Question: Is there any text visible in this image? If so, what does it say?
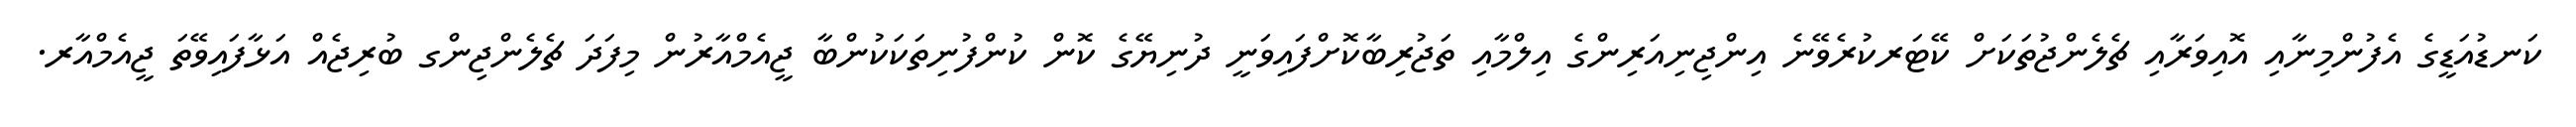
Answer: ކަނޑުއަޑީގެ އެފުންމިނާއި އޮއިވަރާއި ޗެލެންޖުތަކަށް ކޭޓަރކުރެވޭނެ އިންޖިނިއަރިންގެ އިލްމާއި ތަޖުރިބާކޮށްފައިވަނީ ދުނިޔޭގެ ކޮން ކުންފުނިތަކަކުންބާ ޖީއެމްއާރުން މިފަދަ ޗެލެންޖިންގ ބުރިޖެއް އަޅާފައިވޭތަ ޖީއެމްއާރ.